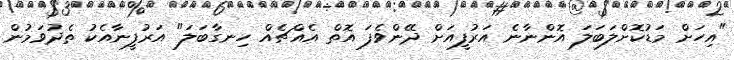
"އިހަށް މަޑުކޮށްލަބަލަ އޮންނާނެ އަރުފީއަށް ދޭންވެފަ އޮތް އެއްޗެއް ހިނގާބަލަ" އަރުފީނާއެކު ތެދުވަމުން